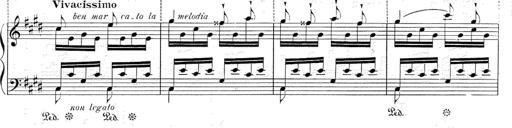
Title: Le rossignol
Composer: Franz Liszt